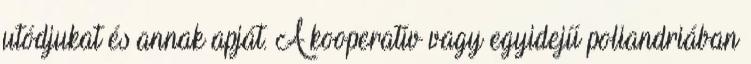
utódjukat és annak apját. A kooperatív vagy egyidejű poliandriában